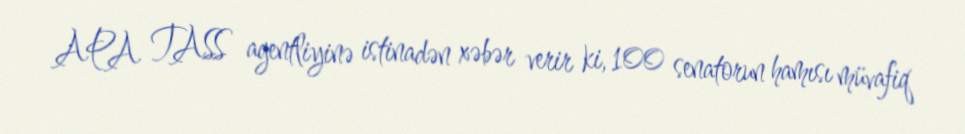
APA TASS agentliyinə istinadən xəbər verir ki, 100 senatorun hamısı müvafiq